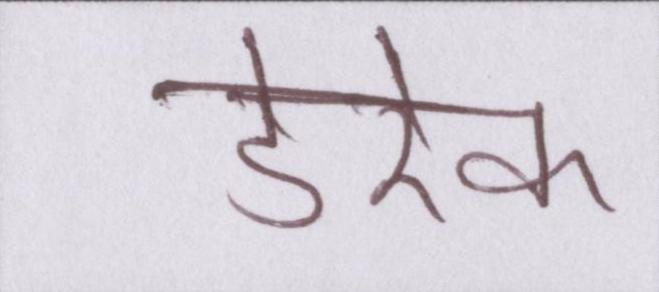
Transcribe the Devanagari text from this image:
डेरेक